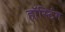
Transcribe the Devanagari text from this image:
हॉस्टिंग